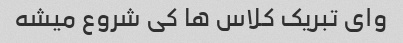
وای تبریک کلاس ها کی شروع میشه